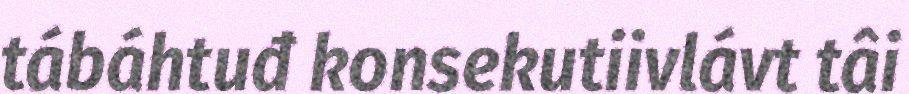
tábáhtuđ konsekutiivlávt tâi